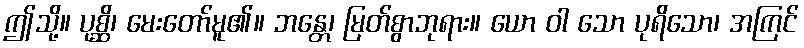
ဤသို့။ ပုစ္ဆိ၊ မေးတော်မူ၏။ ဘန္တေ၊ မြတ်စွာဘုရား။ ယော ဝါ သော ပုရိသော၊ အကြင်